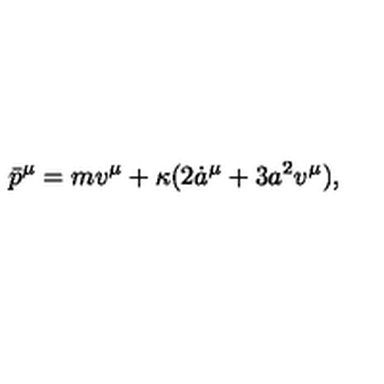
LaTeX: { \bar { p } } ^ { \mu } = m v ^ { \mu } + \kappa ( 2 { \dot { a } } ^ { \mu } + 3 a ^ { 2 } v ^ { \mu } ) ,